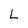
Character: L